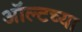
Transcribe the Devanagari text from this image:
ऑल्टच्या